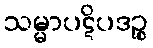
သမ္မာပဋိပဒဉ္စ